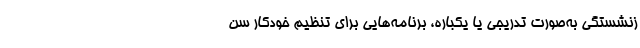
زنشستگی به‌صورت تدریجی یا یکباره، برنامه‌هایی برای تنظیم خودکار سن